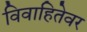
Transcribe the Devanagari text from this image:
विवाहितेवर